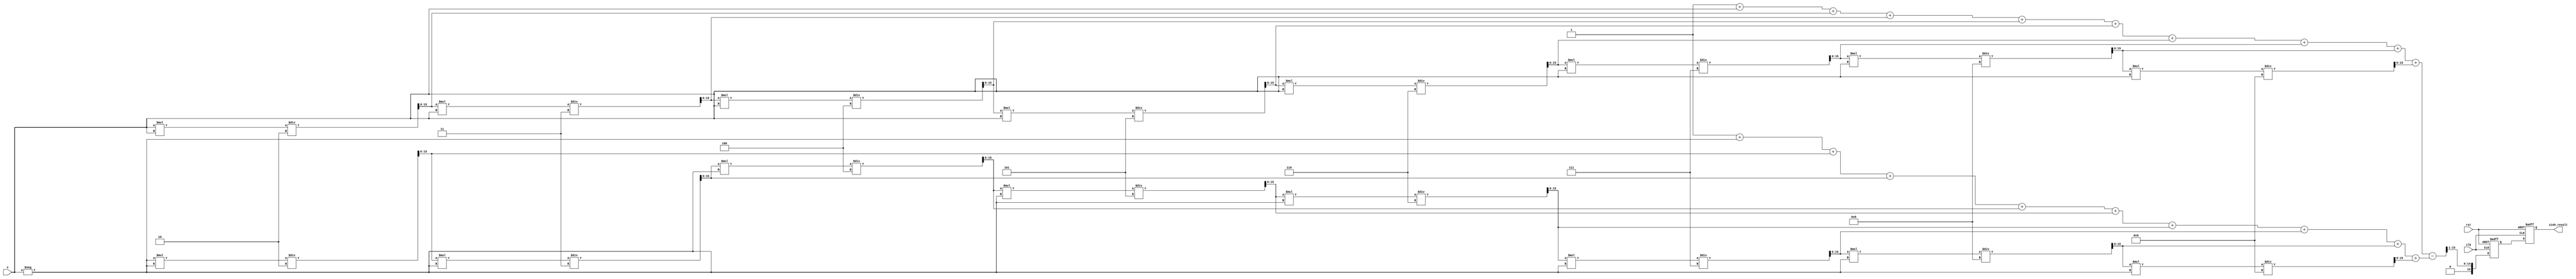
module sinh_arithmetic_block (
    input wire [15:0] x,          // Input: Fixed-point representation of x
    output reg [15:0] sinh_result, // Output: Fixed-point representation of sinh(x)
    input wire clk,
    input wire rst
);

    // Internal signals
    wire [15:0] exp_x;
    wire [15:0] exp_neg_x;
    wire [15:0] exp_diff;
    reg [15:0] div_result;

    // Simple exponentiation using Taylor series approximation
    function [15:0] exp_approx(input [15:0] value);
        reg [15:0] term;
        reg [15:0] sum;
        integer i;
        begin
            sum = 16'h0001; // e^0 = 1
            term = value;   // First term is x
            for (i = 1; i < 10; i = i + 1) begin
                sum = sum + term;
                term = (term * value) / (i + 1); // Calculate next term
            end
            exp_approx = sum;
        end
    endfunction

    // Calculate e^x and e^(-x)
    assign exp_x = exp_approx(x);
    assign exp_neg_x = exp_approx(-x);

    // Subtraction: e^x - e^(-x)
    assign exp_diff = exp_x - exp_neg_x;

    // Division by 2
    always @(posedge clk or posedge rst) begin
        if (rst) begin
            div_result <= 16'h0000;
            sinh_result <= 16'h0000;
        end else begin
            div_result <= exp_diff >> 1; // Divide by 2 using right shift
            sinh_result <= div_result;    // Output the result
        end
    end

endmodule